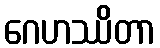
ဂေဟဿိတာ